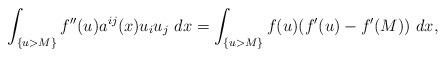
LaTeX: \begin{align*} \int_{ \{u>M\}}f''(u) a^{ij}(x)u_i u_j~dx= \int_{\{u>M\}} f(u)(f'(u)-f'(M))~dx,\end{align*}